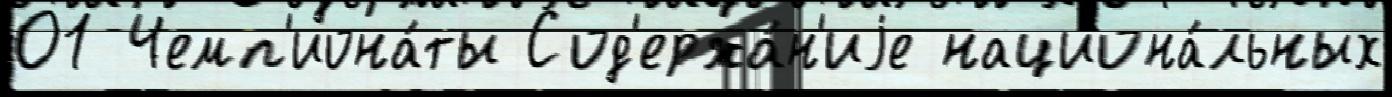
01 Чемп'иона́ты Сод'ержа́н'иjе национа́льных